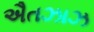
ઐતઝાઝ